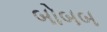
બોબબ